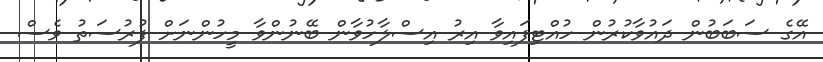
އޭގެ ސަބަބުން ދައުވާކުރުން ހުއްޓިފައިވާ އިރު އިސްލާހުވާން ބޭނުންވާ މީހުންނަށް ފުރުސަތު ވެސް